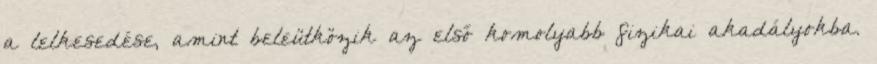
a lelkesedése, amint beleütközik az első komolyabb fizikai akadályokba.